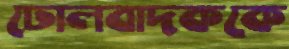
ঢোলবাদককে